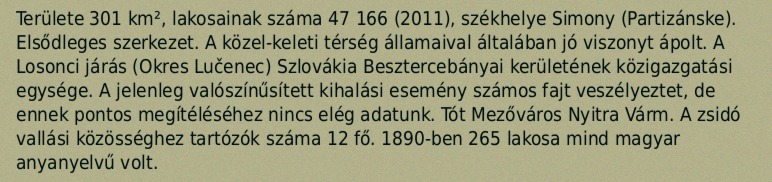
Területe 301 km², lakosainak száma 47 166 (2011), székhelye Simony (Partizánske). Elsődleges szerkezet. A közel-keleti térség államaival általában jó viszonyt ápolt. A Losonci járás (Okres Lučenec) Szlovákia Besztercebányai kerületének közigazgatási egysége. A jelenleg valószínűsített kihalási esemény számos fajt veszélyeztet, de ennek pontos megítéléséhez nincs elég adatunk. Tót Mezőváros Nyitra Várm. A zsidó vallási közösséghez tartózók száma 12 fő. 1890-ben 265 lakosa mind magyar anyanyelvű volt.